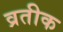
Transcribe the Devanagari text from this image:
व्रतीक